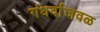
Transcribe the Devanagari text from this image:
गंधर्वाजवळ